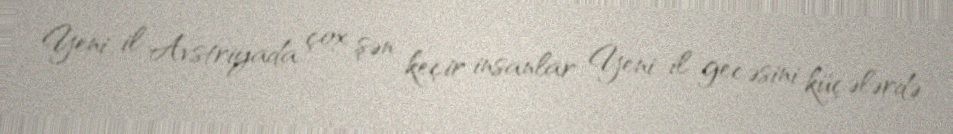
Yeni il Avstriyada çox şən keçir, insanlar Yeni il gecəsini küçələrdə